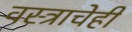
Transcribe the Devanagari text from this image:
वस्त्राचेही